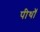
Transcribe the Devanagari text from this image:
पीथॉ